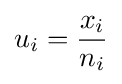
u_{i}={\frac {x_{i}}{n_{i}}}